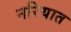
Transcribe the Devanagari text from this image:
नरियात